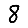
Digit: 8